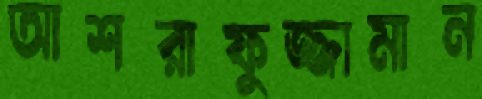
আশরাফুজ্জামান